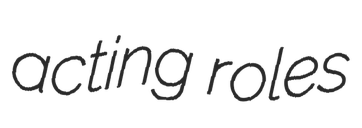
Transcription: acting roles